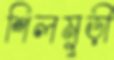
শিলমুড়ী